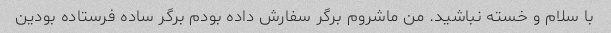
با سلام و خسته نباشید. من ماشروم برگر سفارش داده بودم برگر ساده فرستاده بودین